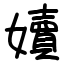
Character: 嬻